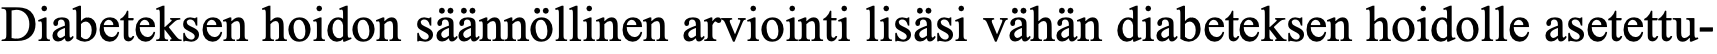
Diabeteksen hoidon säännöllinen arviointi lisäsi vähän diabeteksen hoidolle asetettu-